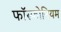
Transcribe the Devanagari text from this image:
फॉस्फोनियम